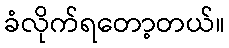
ခံလိုက်ရတော့တယ်။